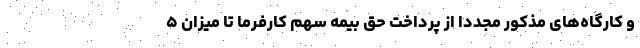
و کارگاه‌های مذکور مجددا از پرداخت حق بیمه سهم کارفرما تا میزان ۵